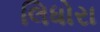
લિધોરા